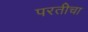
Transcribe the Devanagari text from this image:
परतीचा